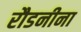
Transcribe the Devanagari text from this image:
रौडनीना